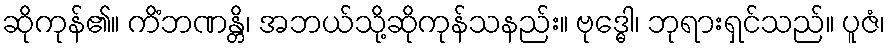
ဆိုကုန်၏။ ကိံဘဏန္တိ၊ အဘယ်သို့ဆိုကုန်သနည်း။ ဗုဒ္ဓေါ၊ ဘုရားရှင်သည်။ ပူဇံ၊